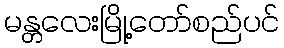
မန္တလေးမြို့တော်စည်ပင်